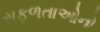
સફળતાઓનો